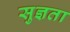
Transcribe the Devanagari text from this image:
सुज्ञता